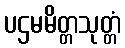
ပဌမမိတ္တသုတ္တံ